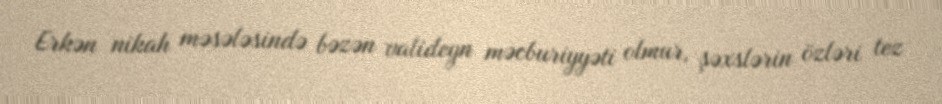
Erkən nikah məsələsində bəzən valideyn məcburiyyəti olmur, şəxslərin özləri tez